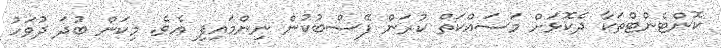
ކޮންޓެންޓްތަކާ ދެކޮޅަށް މަސައްކަތް ކުރަން ފޭސްބުކުން ނިންމައިފި އެވެ. މިކަން ބުދަ ދުވަހު